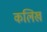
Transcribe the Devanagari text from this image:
कलिख